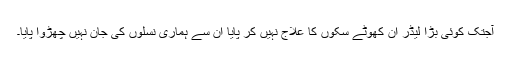
آجتک کوئی بڑا لیڈر ان کھوٹے سِکوں کا علاج نہیں کر پایا ان سے ہماری نسلوں کی جان نہیں چھُڑوا پایا۔